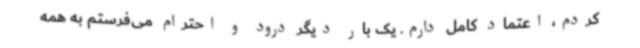
کردم، اعتماد کامل دارم. یک بار دیگر درود و احترام می‌فرستم به همه